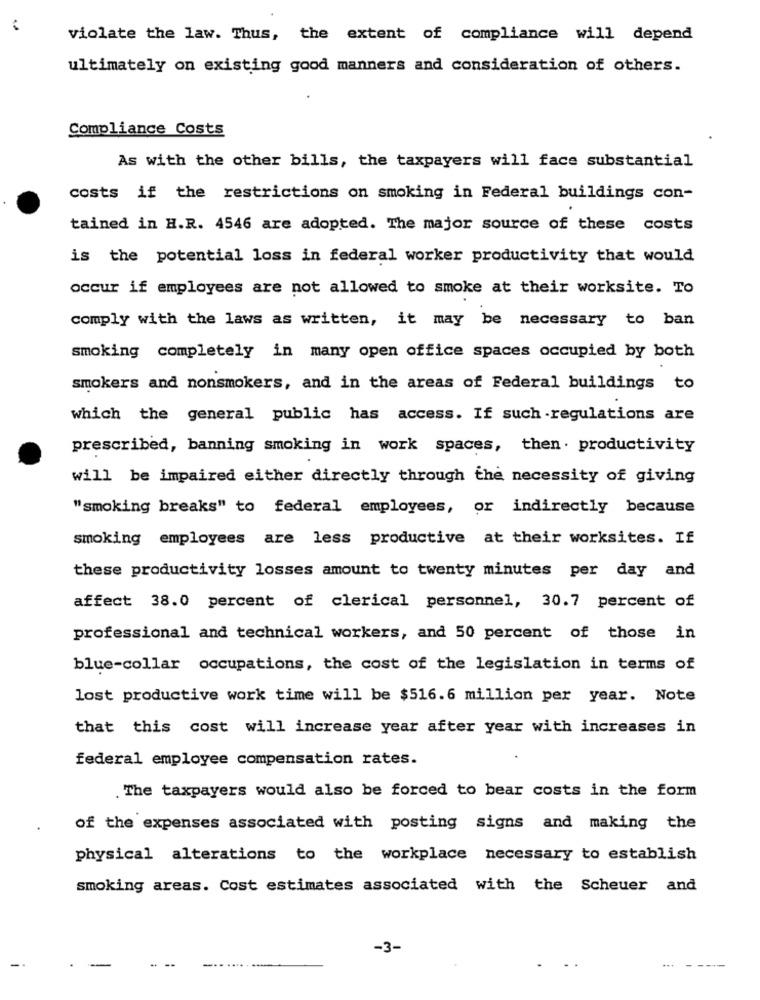
violate the law. Thus, the extent of compliance will depend
ultimately on existing good manners and consideration of others.
Compliance Costs
As with the other bills, the taxpayers will face substantial
costs if the restrictions on smoking in Federal buildings con-
tained in H.R. 4546 are adopted. The major source of these costs
is the potential loss in federal worker productivity that would
occur if employees are not allowed to smoke at their worksite. To
comply with the laws as written, it may be necessary to ban
smoking completely in many open office spaces occupied by both
smokers and nonsmokers, and in the areas of Federal buildings to
which the general public has access. If such regulations are
prescribed, banning smoking in work spaces, then. productivity
will be impaired either directly through the necessity of giving
"smoking breaks" to federal employees, or indirectly because
smoking employees are less productive at their worksites. If
these productivity losses amount to twenty minutes per day and
affect 38.0 percent of clerical personnel, 30.7 percent of
professional and technical workers, and 50 percent of those in
blue-collar occupations, the cost of the legislation in terms of
lost productive work time will be $516.6 million per year. Note
that this cost will increase year after year with increases in
federal employee compensation rates.
. The taxpayers would also be forced to bear costs in the form
of the expenses associated with posting signs and making the
physical alterations to the workplace necessary to establish
smoking areas. Cost estimates associated with the Scheuer and
-3-
...